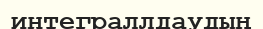
интеграллдаудың